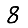
Digit: 8